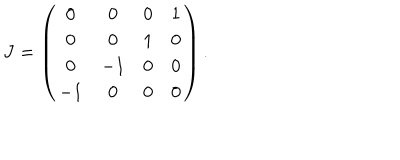
J = \left( \begin{matrix} { { 0 } } & { { 0 } } & { { 0 } } & { { 1 } } \\ { { 0 } } & { { 0 } } & { { 1 } } & { { 0 } } \\ { { 0 } } & { { - 1 } } & { { 0 } } & { { 0 } } \\ { { - 1 } } & { { 0 } } & { { 0 } } & { { 0 } } \\ \end{matrix} \right) .